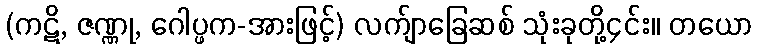
(ကဋိ, ဇဏ္ဏု, ဂေါပ္ဖက-အားဖြင့်) လက်ျာခြေဆစ် သုံးခုတို့၄င်း။ တယော